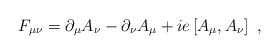
\begin{align*}F_{\mu \nu} = \partial_\mu A_\nu -\partial_\nu A_\mu + i e \left[A_\mu , A_\nu \right] \ , \end{align*}